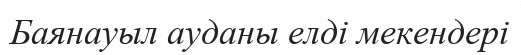
Баянауыл ауданы елді мекендері